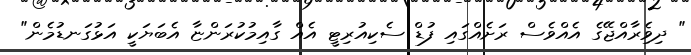
" ދިވެިރާއްޖޭގެ އެއްވެސް ރަށެއްގައި ފުޑް ސެކިއުރިޓީ އެއް ގާއިމުކުރަންޏާ އެބަޔަކީ އަޅުގަނޑުމެން"